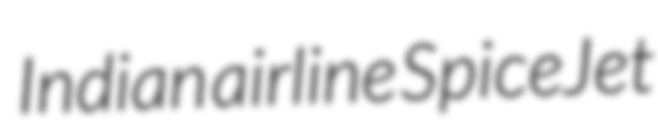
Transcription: Indian airline SpiceJet